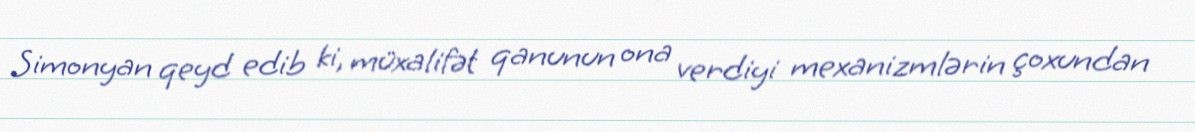
Simonyan qeyd edib ki, müxalifət qanunun ona verdiyi mexanizmlərin çoxundan